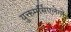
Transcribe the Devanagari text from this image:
युक्तमर्सिएलेगो